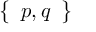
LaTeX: \left\{ \begin{array} { l } { p , q } \end{array} \right\}